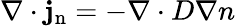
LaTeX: \nabla\cdot\mathbf{j}_{\mathrm{{n}}}=-\nabla\cdot D\nabla n